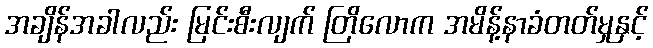
အချိန်အခါလည်း မြင်းစီးလျက် တြိလောက အမိန့်နာခံတတ်မှုနှင့်